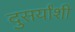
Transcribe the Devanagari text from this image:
दुसर्यांशी